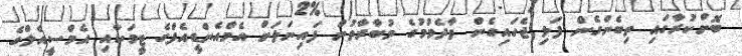
ބޮށްކުރާގައި ތިބެންގެން ފަލި ޖެހައިގެން ވާދެމުމުގެ މުބާރާތުން ފައިނަލަށް އެމްއެންޑީއެފްގެ ޓީމަކާއި އެމްސީއެލްގެ